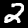
Label: 2